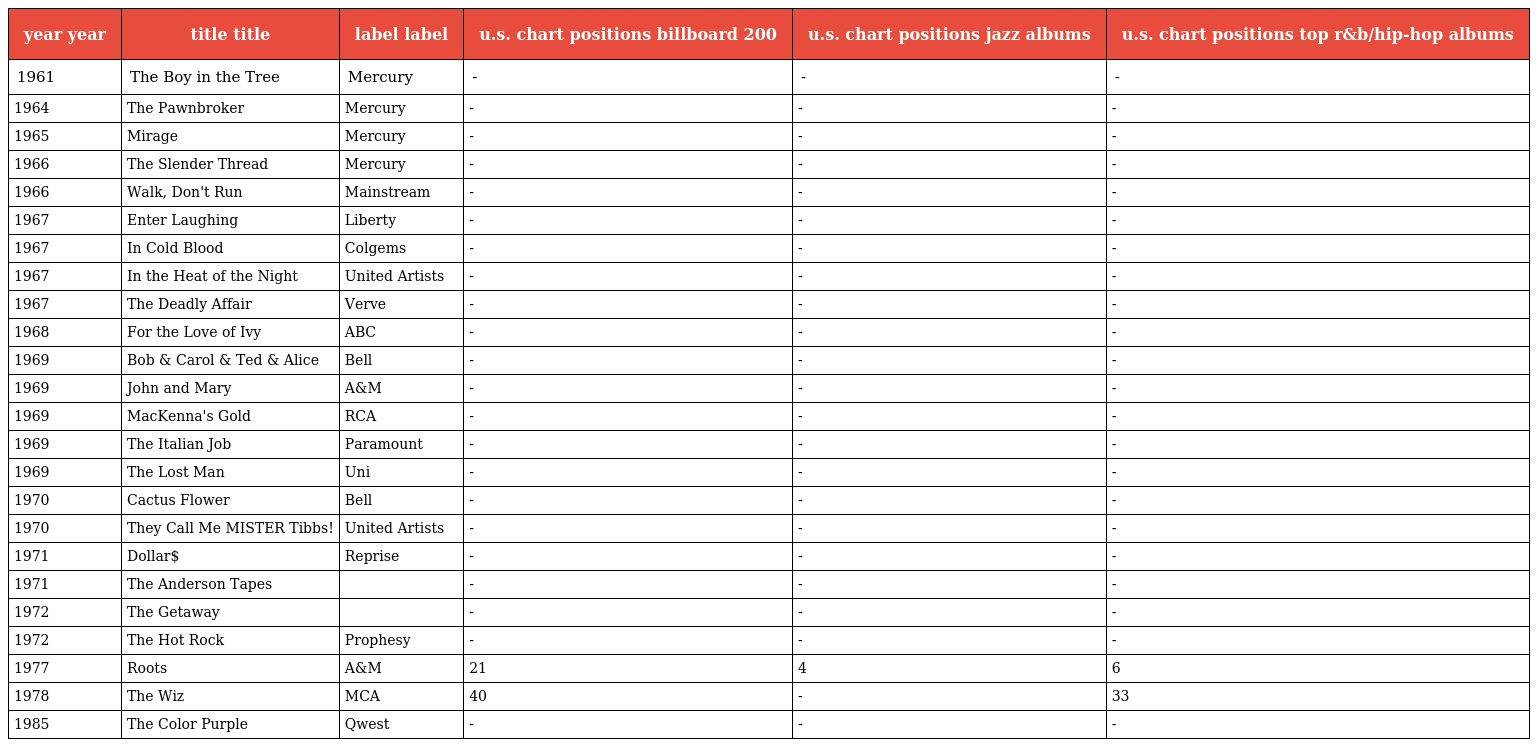
| year year | title title | label label | u.s. chart positions billboard 200 | u.s. chart positions jazz albums | u.s. chart positions top r&b/hip-hop albums |
 | --- | --- | --- | --- | --- | --- |
 | 1961 | The Boy in the Tree | Mercury | - | - | - |
 | 1964 | The Pawnbroker | Mercury | - | - | - |
 | 1965 | Mirage | Mercury | - | - | - |
 | 1966 | The Slender Thread | Mercury | - | - | - |
 | 1966 | Walk, Don't Run | Mainstream | - | - | - |
 | 1967 | Enter Laughing | Liberty | - | - | - |
 | 1967 | In Cold Blood | Colgems | - | - | - |
 | 1967 | In the Heat of the Night | United Artists | - | - | - |
 | 1967 | The Deadly Affair | Verve | - | - | - |
 | 1968 | For the Love of Ivy | ABC | - | - | - |
 | 1969 | Bob & Carol & Ted & Alice | Bell | - | - | - |
 | 1969 | John and Mary | A&M | - | - | - |
 | 1969 | MacKenna's Gold | RCA | - | - | - |
 | 1969 | The Italian Job | Paramount | - | - | - |
 | 1969 | The Lost Man | Uni | - | - | - |
 | 1970 | Cactus Flower | Bell | - | - | - |
 | 1970 | They Call Me MISTER Tibbs! | United Artists | - | - | - |
 | 1971 | Dollar$ | Reprise | - | - | - |
 | 1971 | The Anderson Tapes |  | - | - | - |
 | 1972 | The Getaway |  | - | - | - |
 | 1972 | The Hot Rock | Prophesy | - | - | - |
 | 1977 | Roots | A&M | 21 | 4 | 6 |
 | 1978 | The Wiz | MCA | 40 | - | 33 |
 | 1985 | The Color Purple | Qwest | - | - | - |